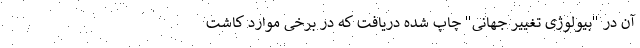
آن در "بیولوژی تغییر جهانی" چاپ شده دریافت که در برخی موارد کاشت